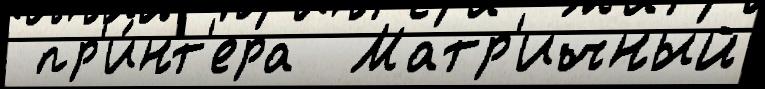
 пр'и́нт'ера  Матр'ичный